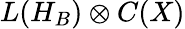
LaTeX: L(H_{B})\otimes C(X)